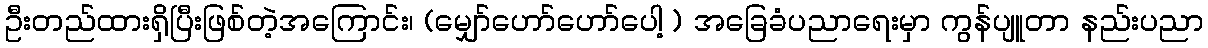
ဦးတည်ထားရှိပြီးဖြစ်တဲ့အကြောင်း၊ (မျှော်ဟော်ဟော်ပေါ့ ) အခြေခံပညာရေးမှာ ကွန်ပျူတာ နည်းပညာ